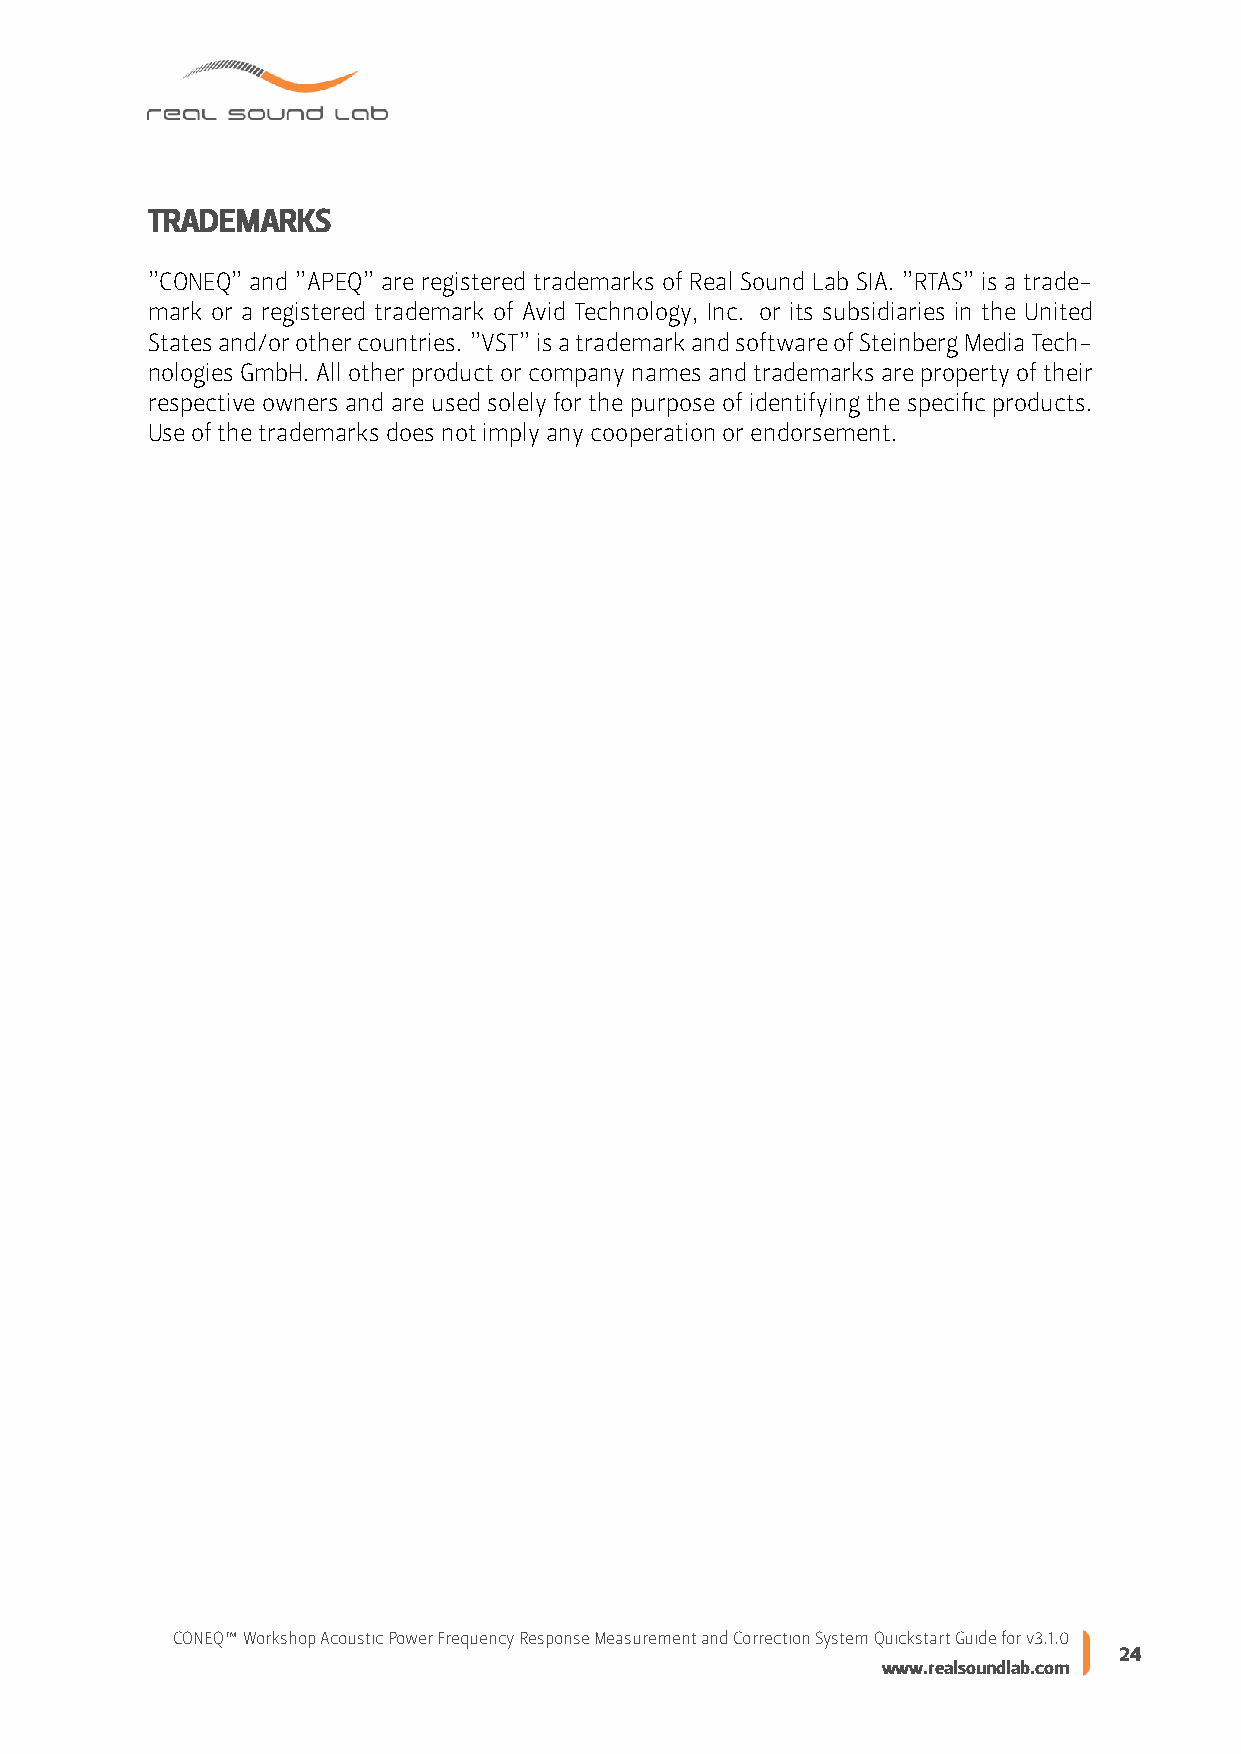
TRADEMARKS
 ”CONEQ” and ”APEQ” are registered trademarks of Real Sound Lab SIA. ”RTAS” is a trade-
 mark or a registered trademark of Avid Technology, Inc. or its subsidiaries in the United
 Statesand/orothercountries. ”VST”isatrademarkandsoftwareofSteinbergMediaTech-
 nologiesGmbH.Allotherproductorcompanynamesandtrademarksarepropertyoftheir
 respectiveowners and are used solely forthe purpose of identifying the specific products.
 Useofthetrademarksdoesnotimplyanycooperationorendorsement.
 CONEQ™WorkshopAcousticPowerFrequencyResponseMeasurementandCorrectionSystemQuickstartGuideforv3.1.0
 24
 www.realsoundlab.com